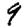
Digit: 9